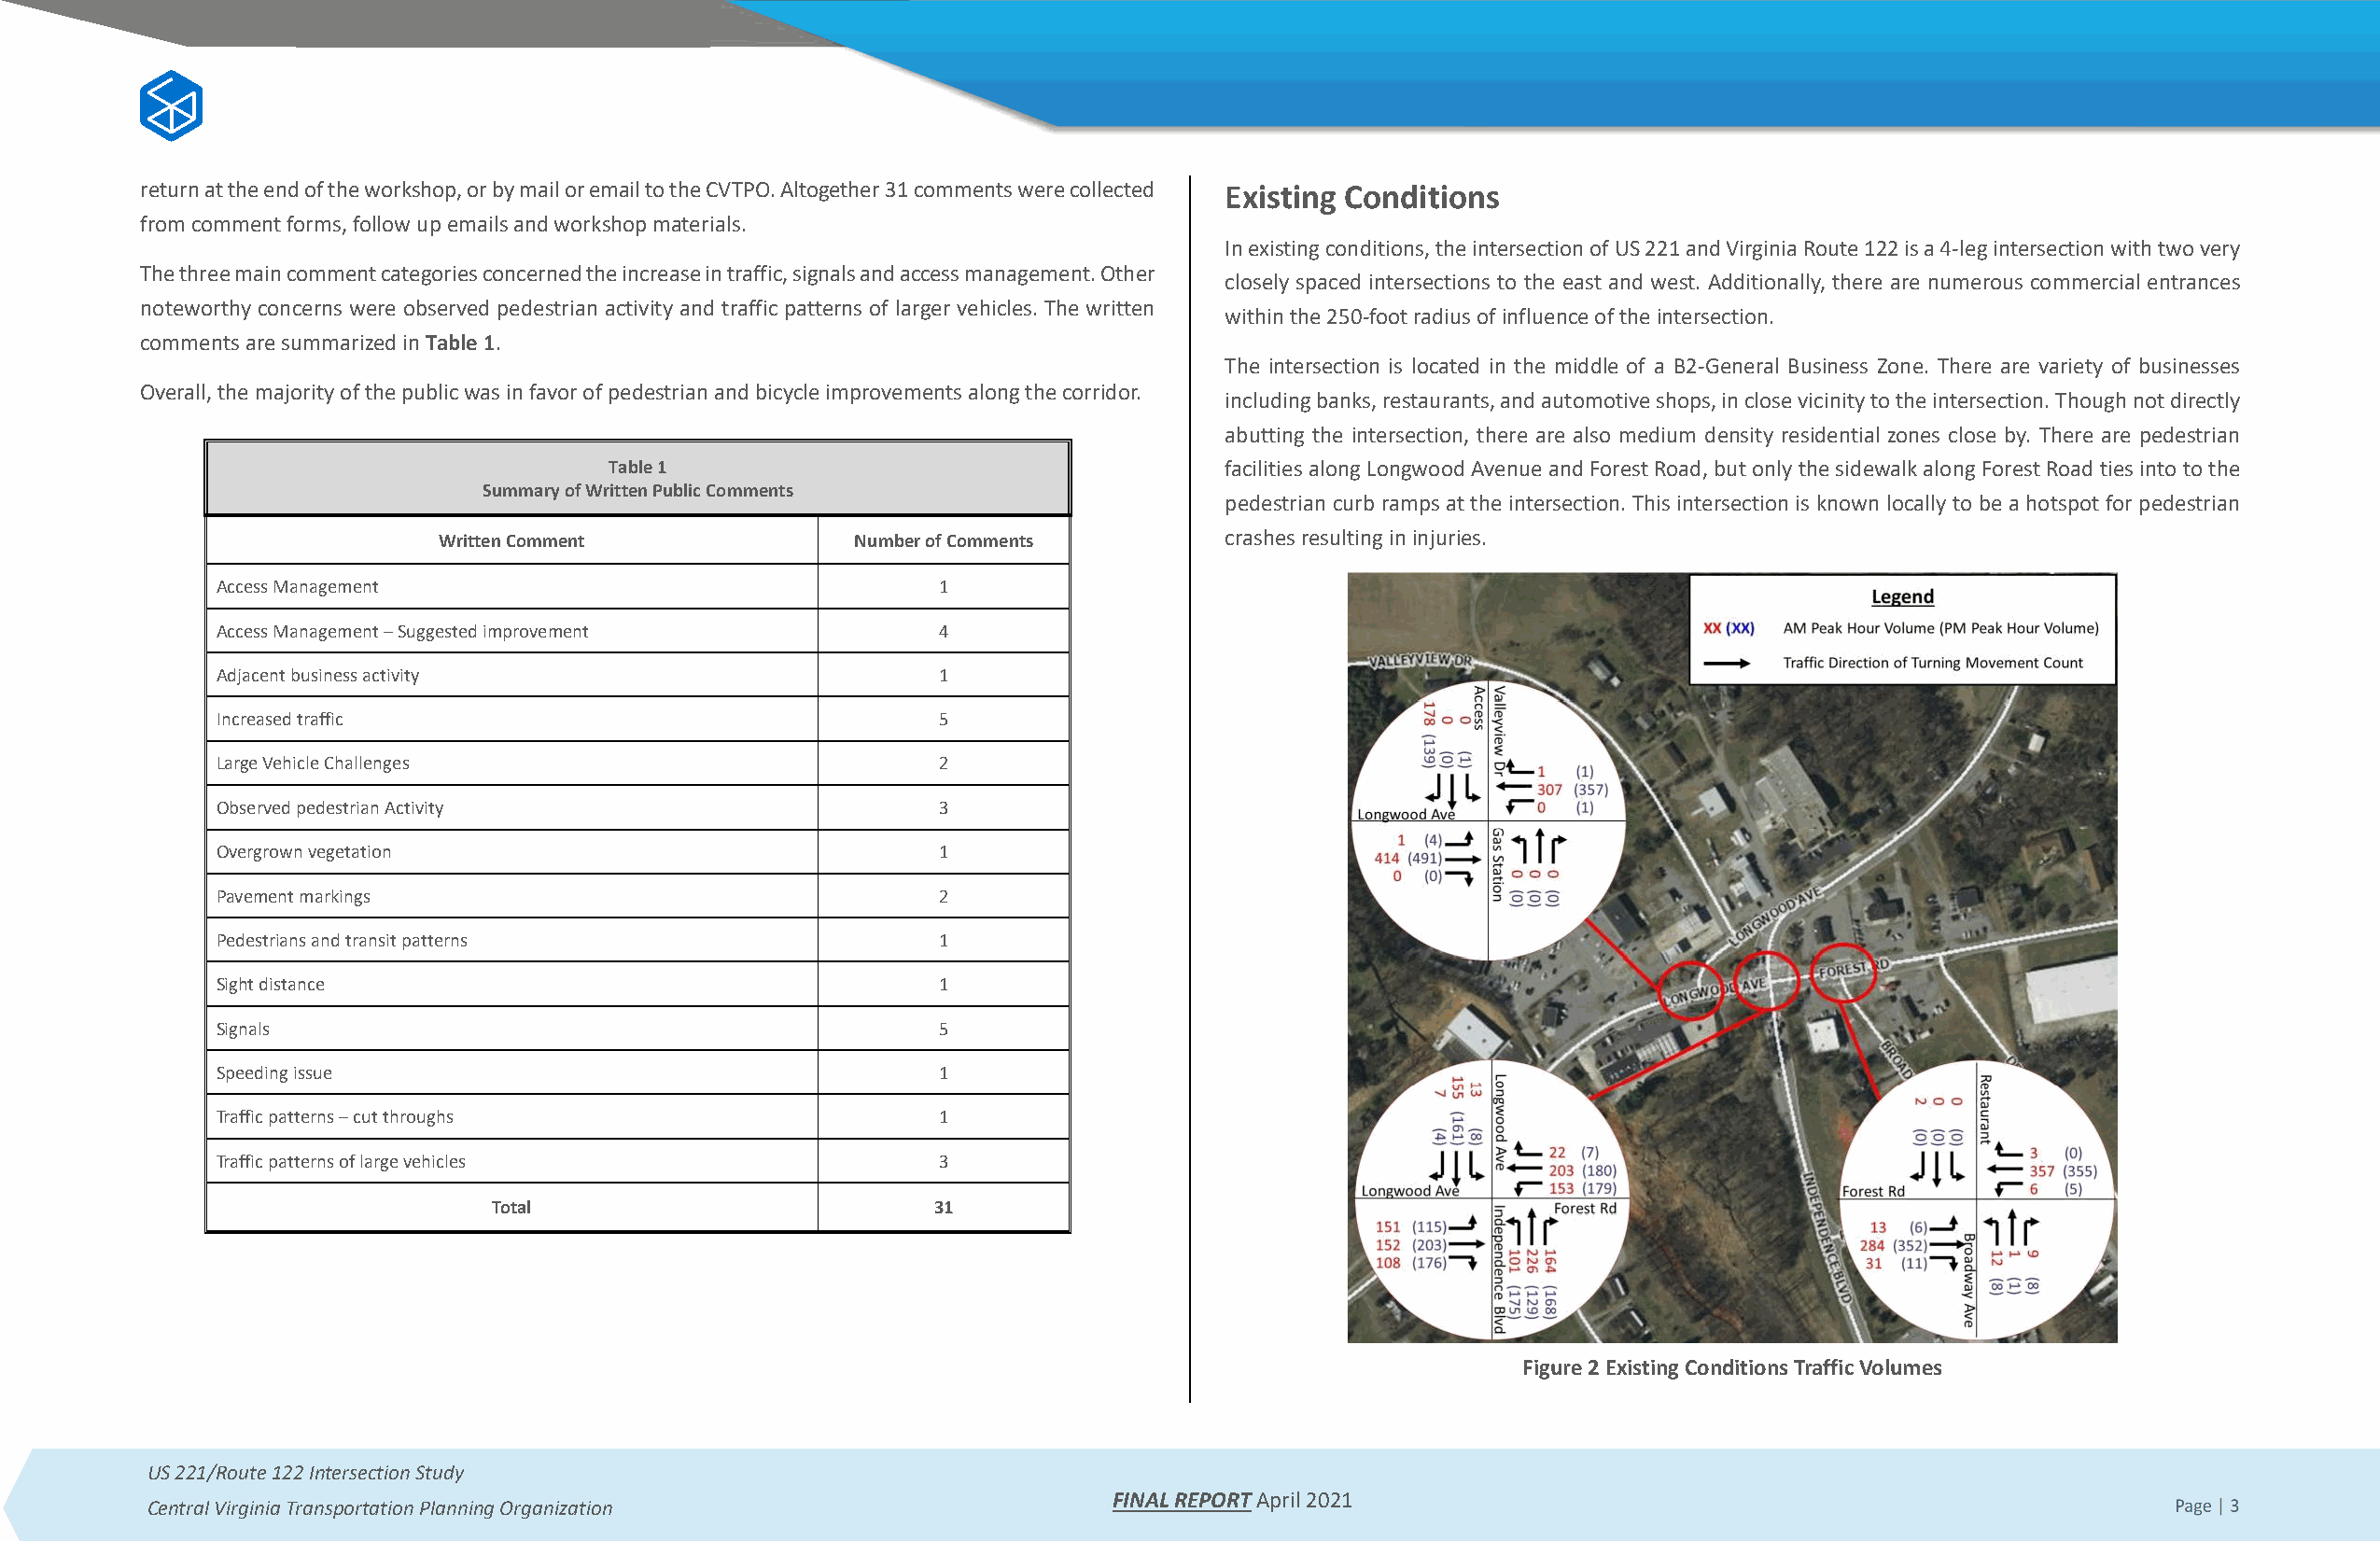
return at the end of the workshop, or by mail or email to the CVTPO. Altogether 31 comments were collected Existing Conditions
 from comment forms, follow up emails and workshop materials.
 In existing conditions, the intersection of US 221 and Virginia Route 122 is a 4-leg intersection with two very
 The three main comment categories concerned the increase in traffic, signals and access management. Other
 closely spaced intersections to the east and west. Additionally, there are numerous commercial entrances
 noteworthy concerns were observed pedestrian activity and traffic patterns of larger vehicles. The written
 within the 250-foot radius of influence of the intersection.
 comments are summarized in Table 1.
 The intersection is located in the middle of a B2-General Business Zone. There are variety of businesses
 Overall, the majority of the public was in favor of pedestrian and bicycle improvements along the corridor.
 including banks, restaurants, and automotive shops, in close vicinity to the intersection. Though not directly
 abutting the intersection, there are also medium density residential zones close by. There are pedestrian
 Table 1                                     facilities along Longwood Avenue and Forest Road, but only the sidewalk along Forest Road ties into to the
 Summary of Written Public Comments
 pedestrian curb ramps at the intersection. This intersection is known locally to be a hotspot for pedestrian
 Written Comment               Number of Comments        crashes resulting in injuries.
 Access Management                                   1
 Access Management – Suggested improvement           4
 Adjacent business activity                          1
 Increased traffic                                   5
 Large Vehicle Challenges                            2
 Observed pedestrian Activity                        3
 Overgrown vegetation                                1
 Pavement markings                                   2
 Pedestrians and transit patterns                    1
 Sight distance                                      1
 Signals                                             5
 Speeding issue                                      1
 Traffic patterns – cut throughs                     1
 Traffic patterns of large vehicles                  3
 Total                          31
 Figure 2 Existing Conditions Traffic Volumes
 US 221/Route 122 Intersection Study
 FINAL REPORT April 2021
 Central Virginia Transportation Planning Organization                                                                                           Page | 3